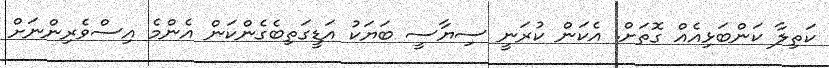
ކަތިލާ ކަންބަޅިއެއް ގޮތަށް. އެކަން ކުރަނީ ސިޔާސީ ބަޔަކު އަޑީގަތިބެގެންކަން އެންމެ އިސްވެރިންނަށް